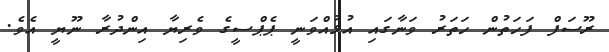
ރޫސަފް ފަހަތުން ހަތަރު ވަނާގައި އުޅުއްވަނީ ޕެޕްސީގެ ވެރިޔާ އިންދުރާ ނޫޔީ އެވެ.